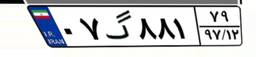
۰۷گ۸۸۱۷۹